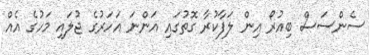
ސެންސަސް ބިއުރޯ އިން ލަފާކުރާ ގޮތުގައި އަންނަ އަހަރުގެ ޖުލައި މަހުގެ އެއް